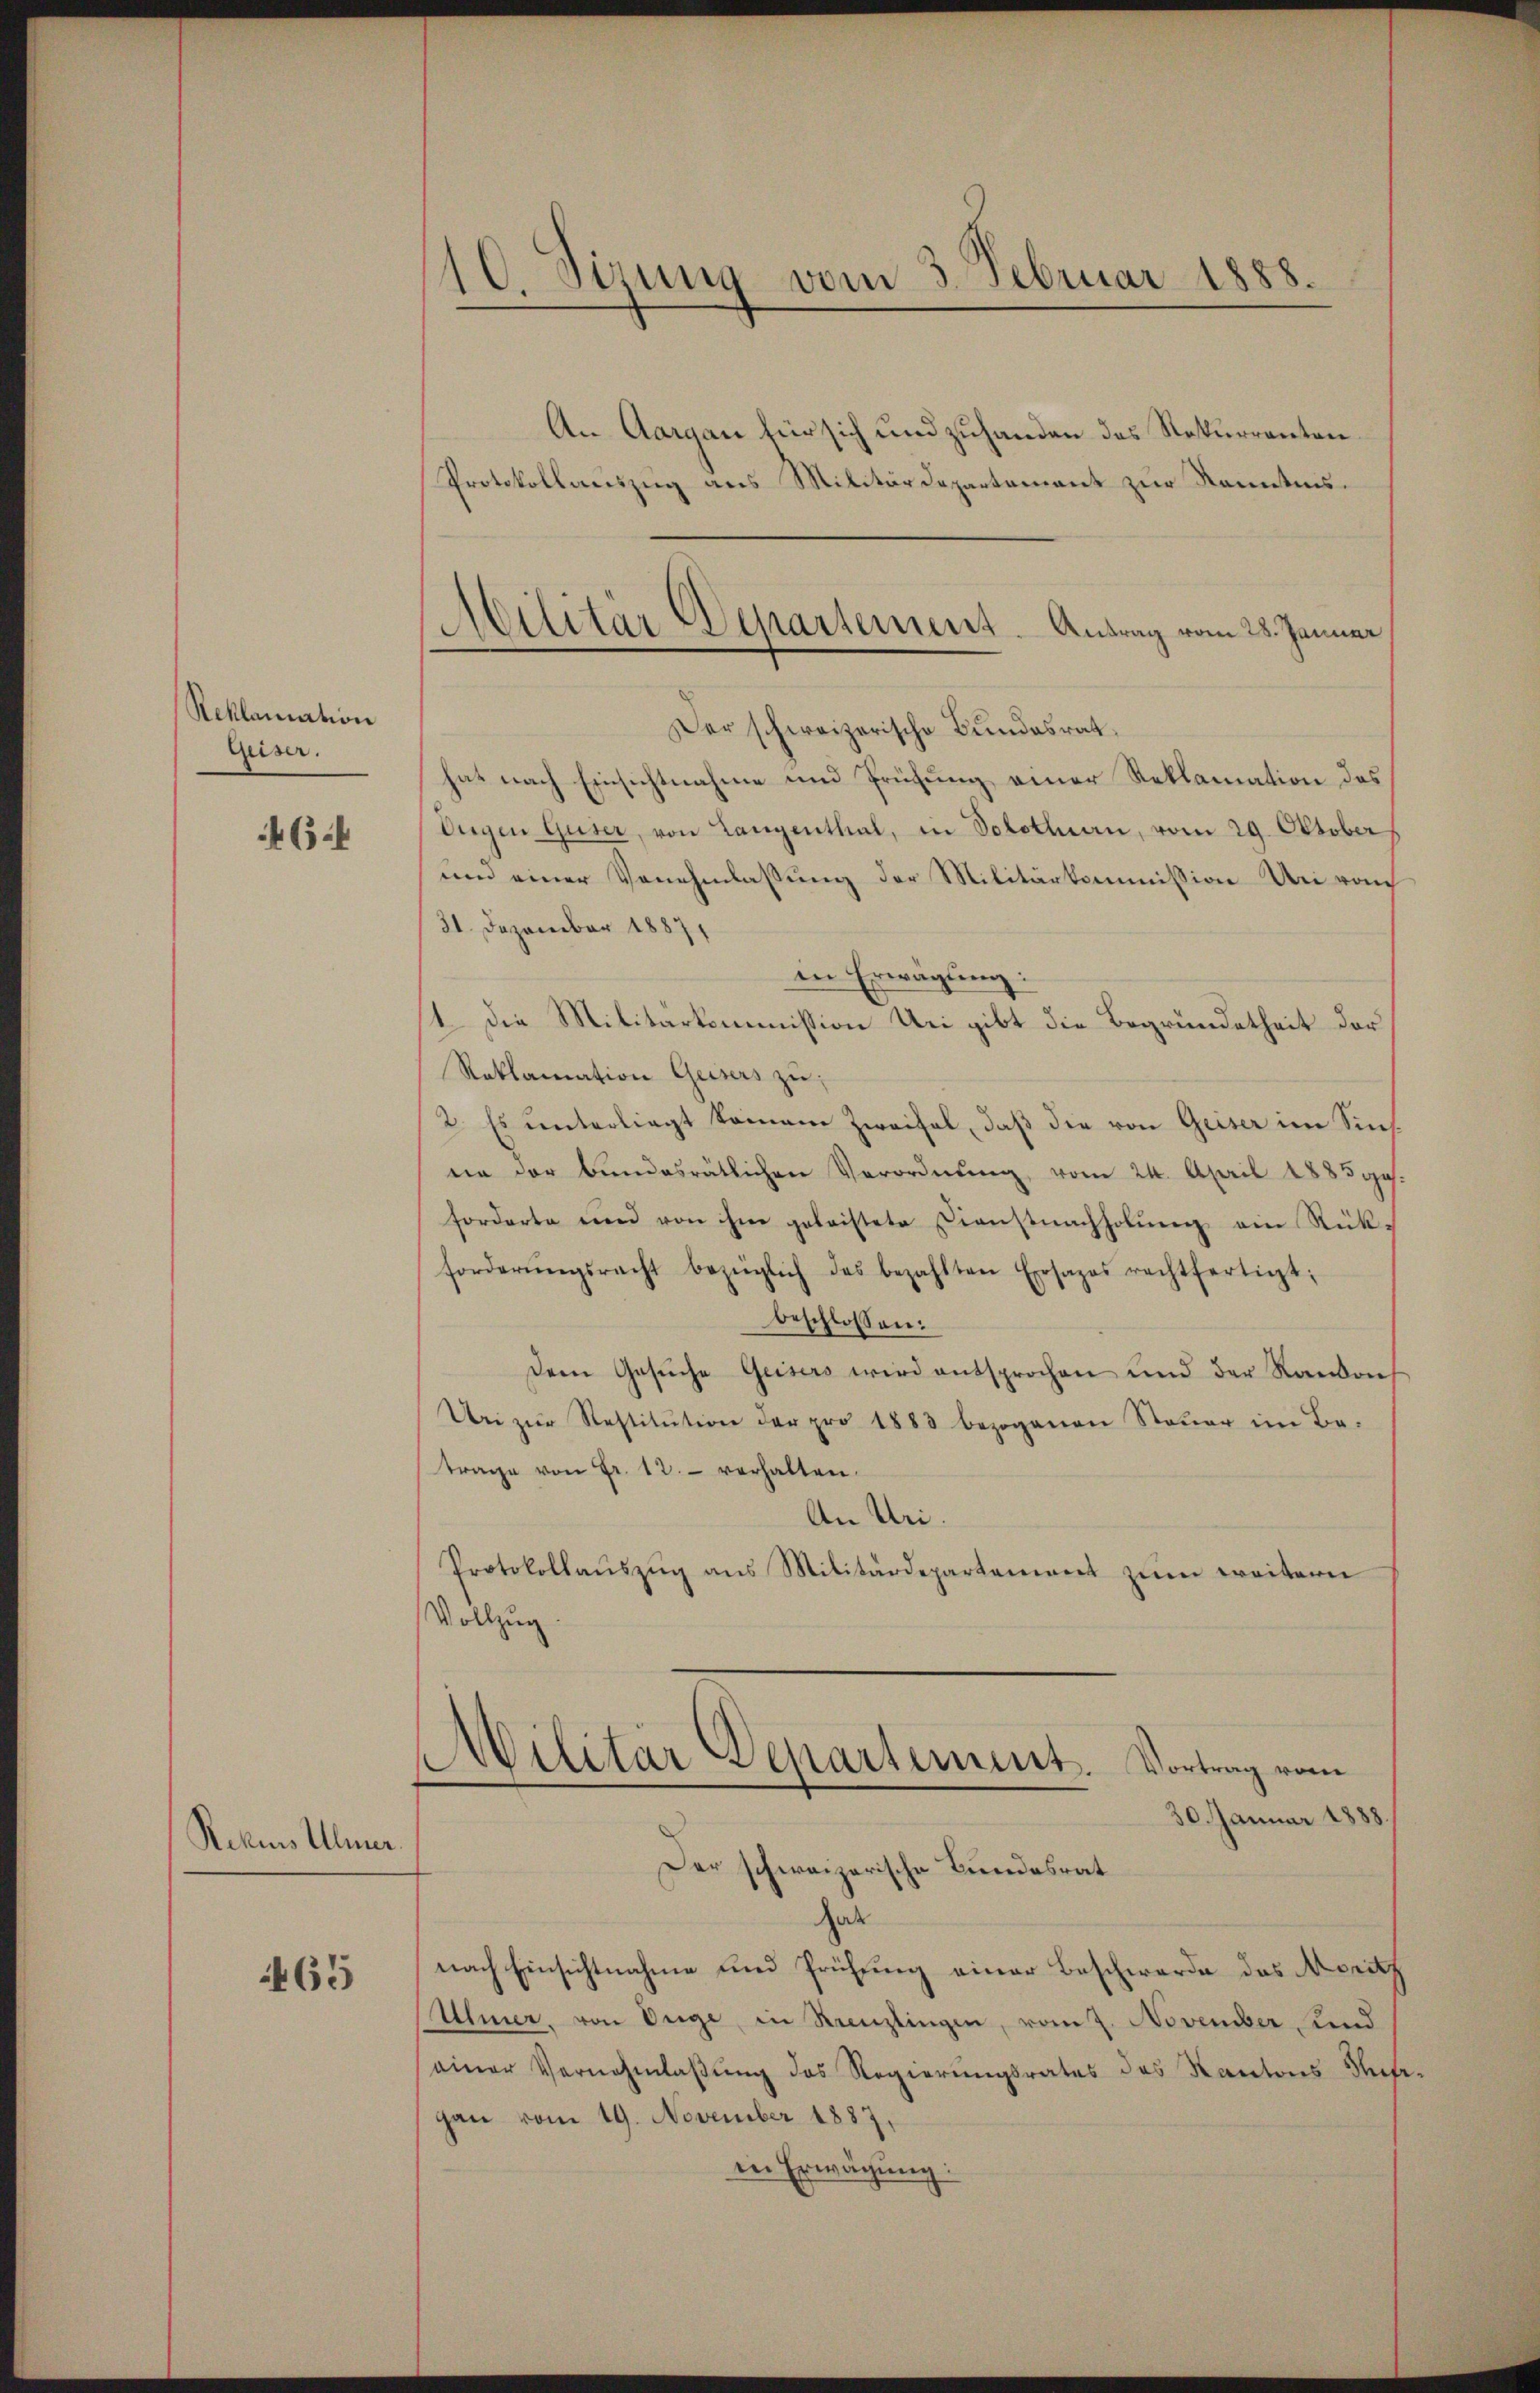
Reklamation
Geiser.

46.

Rekurs Ulmer.

465

10. Sizung vom 3. Februar 1888.

An Aargau für sich und zuhanden das Rekurrenten
Protokollauszug aus Militärdepartement zur Kenntnis¬
Der schweizerische Bundesrat
hat nach Einsichtnahme und Prüfung einer Reklamation des
Dugen Güter, von Langenthal, in Solothurn, vom 29. Oktober
und einer Venehmlassung der Militärkommission Uri vo
31. Dezember 1887
in Erwägung:
11. Die Militärkommission Uri gibt die Begründetheit der
Reklamation Geisers zu;
2. Es unterliegt kommene Zweifel, daß die von Geiser im Sinne der bundesrätlichen Verordnŭng vom 24. April 1885 ges.
forderte und von ihm geleistete Dienstnachholŭng am Rück-
forderŭngsracht bezüglich das bezahlten Ersapas rechtfertigt;
beschlossen:
Dem Gesŭche Geisers wird entsprochen und der Rankons
Uri zŭr Restitution der pro 1883 bezogenen Steuer im Be-
trage von Fr. 12. verhalten.
An Uri.
Protokollaŭszŭg ans Militärdepartement zŭm weitern
Vollzug
Militär Departement. Vortrag vom
30. Januar 1888.
Der schweizerische Bundesrat
zur
nach Einsichtnahme und Prüfung einer Beschwerde des Moritz
Ulmer, von Düge, in Renzlingen, vom 7. November und
einer Vernehmlassung des Regierungsrates des Kantons Thuf
gan vom 19. November 1887.
in Erwägung:

Militär Departement. Antrag vom 28. Januar